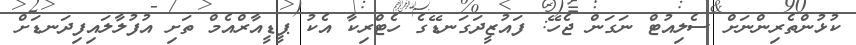
ކުޅުންތެރިންނަށް ސެލިއުޓް ނަގަން ޖެހޭ: ފައުޒީދަގަނޑޭގެ ހެޓްރިކާ އެކު ޕީޑީއާރްއެމް ތަށި އުފުލާލައިފިދަނޑަށް